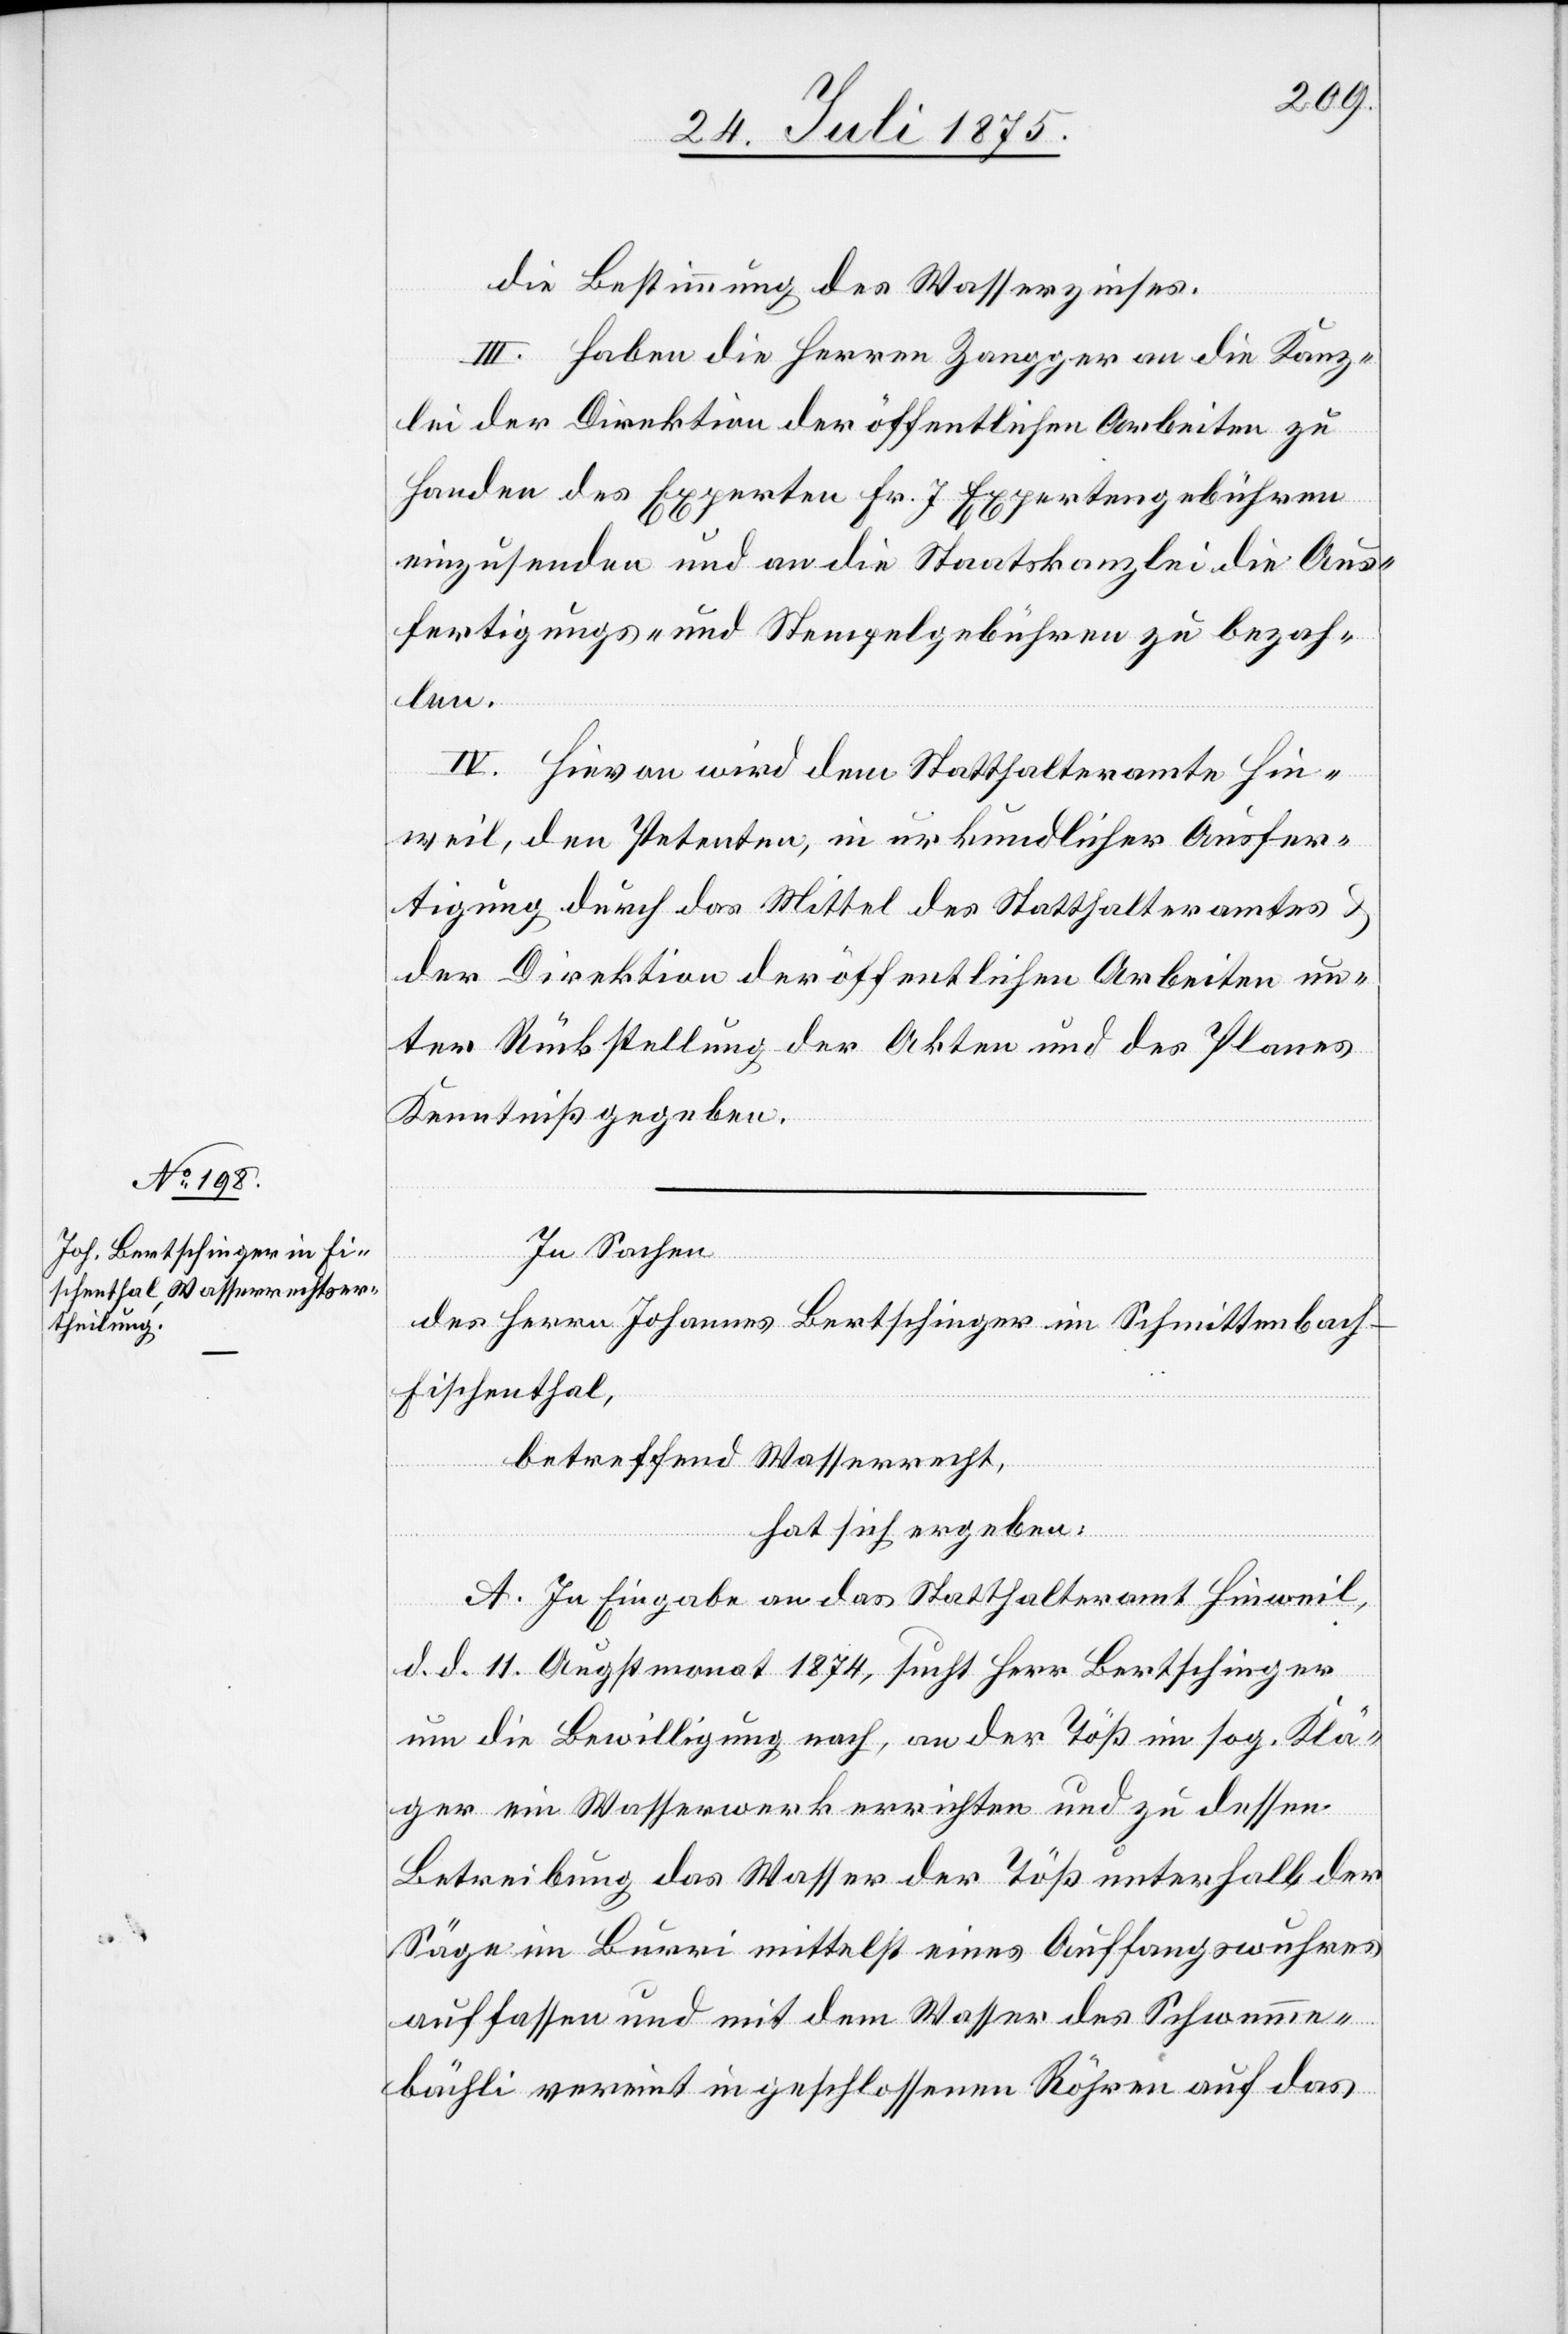
die Bestimmung des Wasserzinses.
III. Haben die Herren Zangger an die Kanz¬
lei der Direktion der öffentlichen Arbeiten zu
Handen des Experten Fr. 7 Expertengebühren
einzusenden und an die Staatskanzlei die Aus¬
fertigungs- und Stempelgebühren zu bezah¬
len.
IV. Hievon wird dem Statthalteramte Hin¬
weil, den Petenten, in urkundlicher Ausfer¬
tigung durch das Mittel des Statthalteramtes
der Direktion der öffentlichen Arbeiten un¬
ter Rückstellung der Akten und des Planes
Kenntniß gegeben.
In Sachen
des Herrn Johannes Bertschinger im Schmittenbach
Fischenthal,
betreffend Wasserrecht,
hat sich ergeben:
A. In Eingabe an das Statthalteramt Hinweil,
d. d. Augstmonat 1874, sucht Herr Bertschinger
um die Bewilligung nach, an der Töß im sog. Klä¬
ger ein Wasserwerk errichten und zu dessen
Betreibung das Wasser der Töß unterhalb der
Säge im Burri mittelst eines Auffangwuhres
auffassen und mit dem Wasser des Schwemm¬
bächli vereint in geschlossenen Röhren auf das